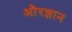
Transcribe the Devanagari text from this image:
औरज्ञान